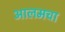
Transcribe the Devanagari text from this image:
आलमचा